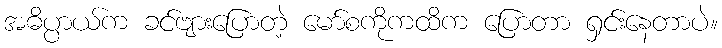
အဓိပ္ပာယ်က ခင်ဗျားပြောတဲ့ မော်စကိုကထိက ပြောတာ ရှင်းနေတာပဲ။